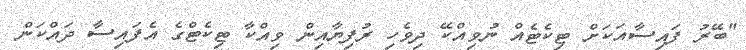
"ބޭރު ފައިސާއަކަށް ޓިކެޓެއް ނުވިއްކޭ ދިވެހި ރުފިޔާއިން ވިއްކާ ޓިކެޓްގެ އެފައިސާ ދައްކަން